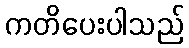
ကတိပေးပါသည်